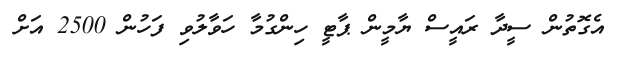
އެގޮތުން ސީދާ ރައީސް ޔާމީން ޕާޓީ ހިންގުމާ ހަވާލުވި ފަހުން 2500 އަށް